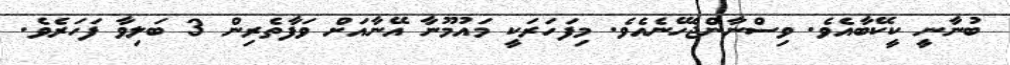
ބުނާނީ ކީކޭބާއެވެ. ވިސްނާންޖެހޭނެއެވެ. މިފަހަރަކީ މައުމޫނާ އޭނާއަށް ވަފާތެރިން 3 ބަލިވާ ފަހަރެވެ.